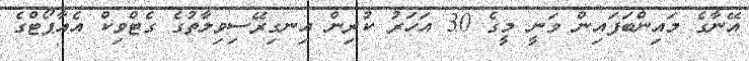
އޭނާގެ މައިންބަފައިން ވަނީ މީގެ 30 އަހަރު ކުރިން އިނގިރޭސިވިލާތުގެ ގެޓްވިކް އެއާޕޯޓްގެ